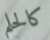
كالحلم